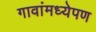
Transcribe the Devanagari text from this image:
गावांमध्येपण